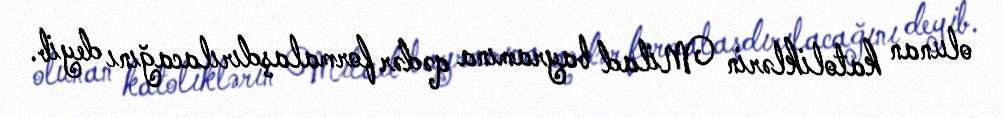
olunan katoliklərin Milad bayramına qədər formalaşdırılacağını deyib.